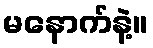
မနောက်နဲ့။